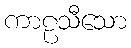
ကာဠသီသော